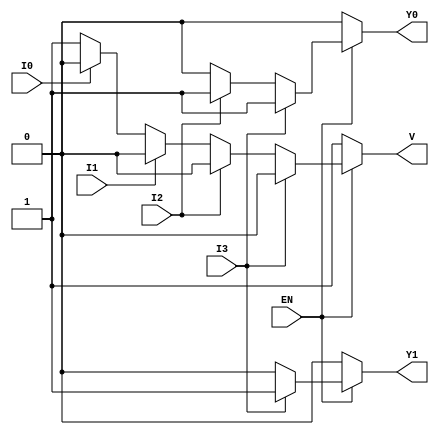
module encoder_4to2 (
    input wire EN,      // Enable input
    input wire I0,     // Input 0
    input wire I1,     // Input 1
    input wire I2,     // Input 2
    input wire I3,     // Input 3
    output reg Y0,     // Output 0
    output reg Y1,     // Output 1
    output reg V       // Invalid output
);

always @(*) begin
    // Default outputs
    Y0 = 1'b0;
    Y1 = 1'b0;
    V = 1'b1; // Assume invalid by default

    if (EN) begin
        if (I3) begin
            Y1 = 1'b1;
            Y0 = 1'b1; // I3 is highest priority
            V = 1'b0;  // Valid output
        end else if (I2) begin
            Y1 = 1'b0;
            Y0 = 1'b1; // I2 is next highest priority
            V = 1'b0;  // Valid output
        end else if (I1) begin
            Y1 = 1'b0;
            Y0 = 1'b0; // I1 is next highest priority
            V = 1'b0;  // Valid output
        end else if (I0) begin
            Y1 = 1'b0;
            Y0 = 1'b0; // I0 is lowest priority
            V = 1'b0;  // Valid output
        end
    end
end

endmodule